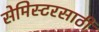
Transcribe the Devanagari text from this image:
सेमिस्टरसाठी